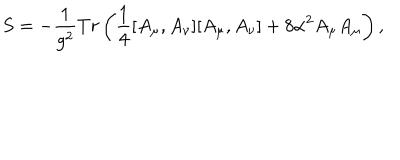
LaTeX: S = - \frac { 1 } { g ^ { 2 } } T r \left( \frac { 1 } { 4 } [ A _ { \mu } , A _ { \nu } ] [ A _ { \mu } , A _ { \nu } ] + 8 \alpha ^ { 2 } A _ { \mu } A _ { \mu } \right) ,